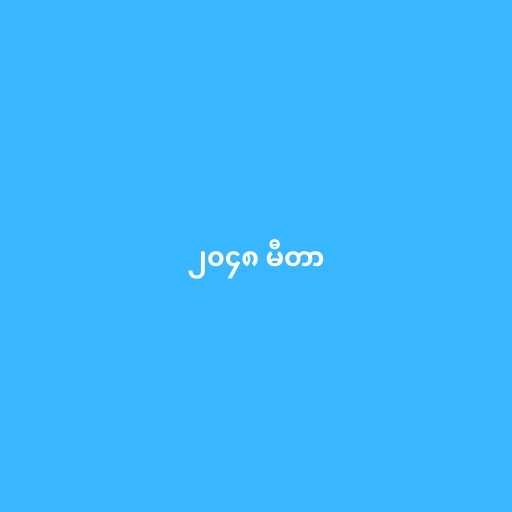
၂၀၄၈ မီတာ